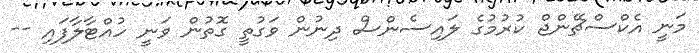
މަނީ އެކްސްޗޭންޖް ކުރުމުގެ ލައިސެންސް ދިނުން ވަގުތީ ގޮތުން ވަނީ ހުއްޓާލާފައި --